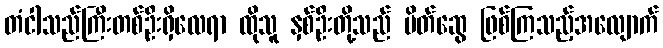
တံငါသည်ကြီးတစ်ဦးရှိလေရာ ထိုသူ နှစ်ဦးတို့သည် မိတ်ဆွေ ဖြစ်ကြသည့်အလျောက်